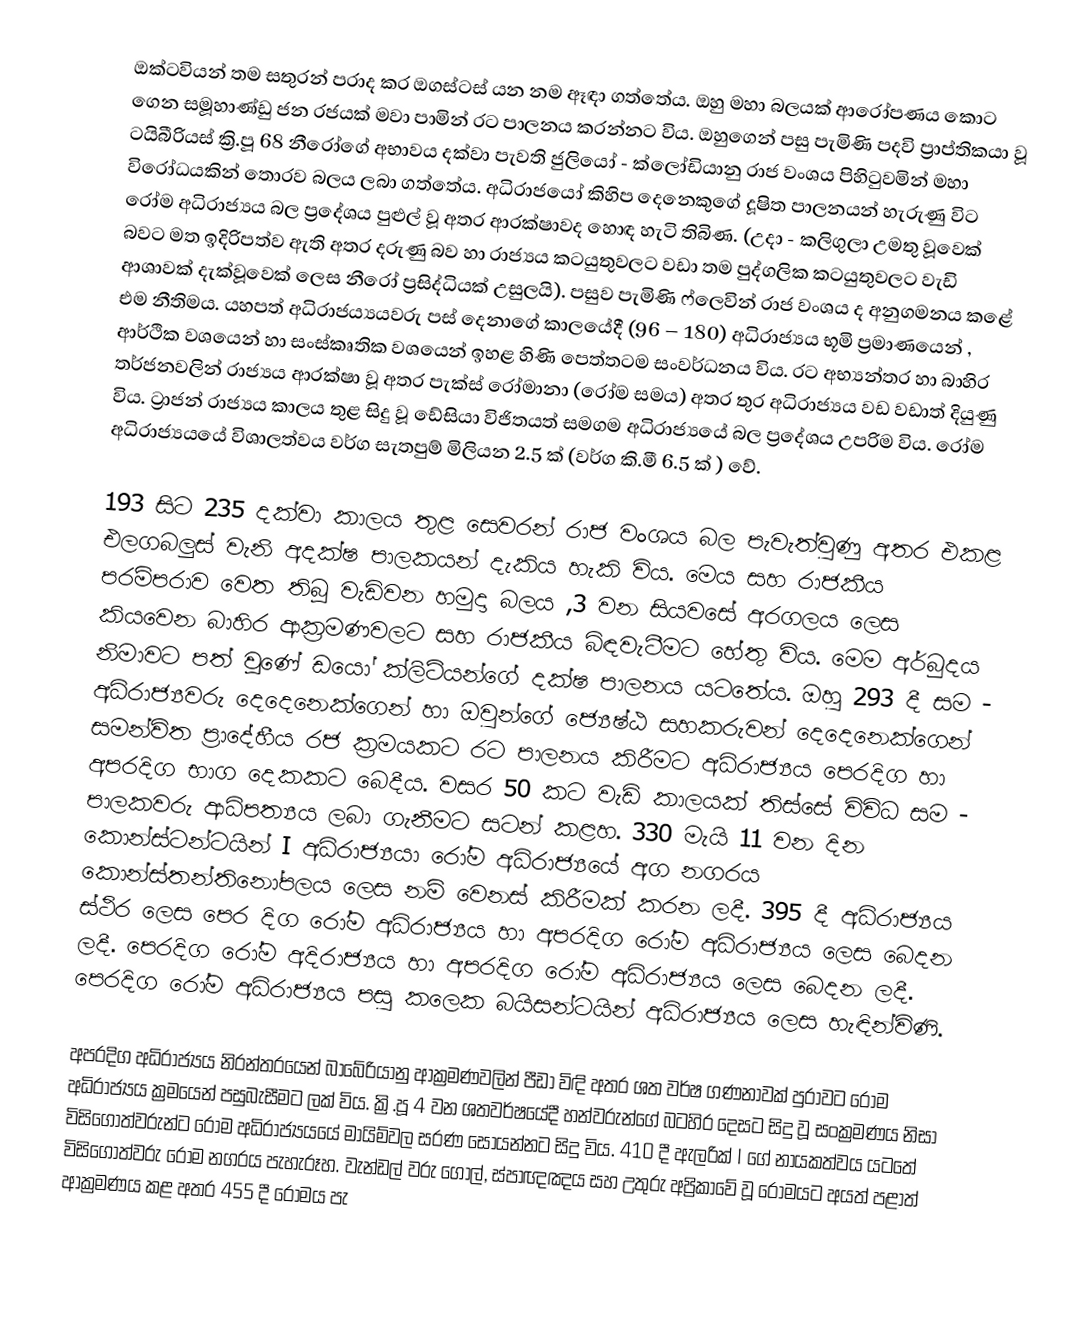
ඔක්ටවියන් තම සතුරන් පරාද කර ඔගස්ටස් යන නම ඈඳා ගත්තේය. ඔහු මහා බලයක් ආරෝපණය කොට ගෙන සමූහාණ්ඩු ජන රජයක් මවා පාමින් රට පාලනය කරන්නට විය. ඔහුගෙන් පසු පැමිණි පදවි ප්‍රාප්තිකයා වූ ටයිබීරියස් ක්‍රි.පූ 68 නීරෝගේ අභාවය දක්වා පැවති ජුලියෝ - ක්ලෝඩියානු රාජ වංශය පිහිටුවමින් මහා විරෝධයකින් තොරව බලය ලබා ගත්තේය. අධිරාජයෝ කිහිප දෙනෙකුගේ දූෂිත පාලනයන් හැරුණු විට රෝම අධිරාජ්‍යය බල ප්‍රදේශය පුළුල් වූ අතර ආරක්ෂාවද හොඳ හැටි තිබිණ. (උදා - කලිගුලා උමතු වූවෙක් බවට මත ඉදිරිපත්ව ඇති අතර දරුණු බව හා රාජ්‍යය  කටයුතුවලට වඩා තම පුද්ගලික කටයුතුවලට වැඩි ආශාවක් දැක්වූවෙක් ලෙස නීරෝ ප්‍රසිද්ධියක් උසුලයි). පසුව පැමිණි ෆ්ලෙවින් රාජ වංශය ද අනුගමනය කළේ එම නීතිමය. යහපත් අධිරාජය්‍යයවරු  පස් දෙනාගේ කාලයේදී  (96 – 180) අධිරාජ්‍යය භූමි ප්‍රමාණයෙන් , ආර්ථික වශයෙන් හා සංස්කෘතික වශයෙන් ඉහළ හිණි පෙත්තටම සංවර්ධනය විය. රට අභ්‍යන්තර හා බාහිර තර්ජනවලින් රාජ්‍යය ආරක්ෂා වූ අතර පැක්ස් රෝමානා (රෝම සමය) අතර තුර අධිරාජ්‍යය වඩ වඩාත් දියුණු විය. ට්‍රාජන් රාජ්‍යය කාලය තුළ සිදු වූ ඩේසියා විජිතයත් සමගම අධිරාජ්‍යයේ  බල ප්‍රදේශය උපරිම විය. රෝම අධිරාජ්‍යයයේ   විශාලත්වය වර්ග සැතපුම් මිලියන 2.5   ක් (වර්ග කි.මී 6.5 ක් ) වේ.

193 සිට 235 දක්වා කාලය තුළ සෙවරන් රාජ වංශය බල පැවැත්වුණු අතර එකළ එලගබලුස් වැනි අදක්ෂ පාලකයන් දැකිය හැකි විය. මෙය සහ රාජකීය පරම්පරාව වෙත තිබූ වැඩිවන හමුදා බලය ,3 වන සියවසේ අරගලය ලෙස කියවෙන බාහිර ආක්‍රමණවලට සහ රාජකීය බිඳවැටීමට හේතු විය. මෙම අර්බුදය නිමාවට පත් වූණේ ඩයෝ ක්ලිටියන්ගේ දක්ෂ පාලනය යටතේය. ඔහු 293 දී සම - අධිරාජ්‍යවරු දෙදෙනෙක්ගෙන් හා ඔවුන්ගේ ජ්‍යෙෂ්ඨ සහකරුවන් දෙදෙනෙක්ගෙන් සමන්විත ප්‍රාදේහීය රජ ක්‍රමයකට රට පාලනය කිරීමට අධිරාජ්‍යය පෙරදිග හා අපරදිග භාග දෙකකට බෙදීය. වසර 50 කට වැඩි කාලයක් තිස්සේ විවිධ සම - පාලකවරු ආධිපත්‍යය ලබා ගැනීමට සටන් කළහ. 330 මැයි 11 වන දින කොන්ස්ටන්‍ටයින් I අධිරාජ්‍යයා රෝම අධිරාජ්‍යයේ අග නගරය කොන්ස්තන්තිනෝපලය ලෙස නම් වෙනස් කිරීමක් කරන ලදී. 395 දී අධිරාජ්‍යය ස්ථිර ලෙස පෙර දිග රෝම අධිරාජ්‍යය හා අපරදිග රෝම අධිරාජ්‍යය ලෙස බෙදන ලදී. පෙරදිග රෝම අදිරාජ්‍යය හා අපරදිග රෝම අධිරාජ්‍යය ලෙස බෙදන ලදී. පෙරදිග රෝම අධිරාජ්‍යය පසු කලෙක බයිසන්ටයින් අධිරාජ්‍යය ලෙස හැඳින්විණි.

අපරදිග අධිරාජ්‍යය නිරන්තරයෙන් බාබේරියානු ආක්‍රමණවලින් පීඩා විඳි අතර ශත වර්ෂ ගණනාවක් පුරාවට රෝම අධිරාජ්‍යය ක්‍රමයෙන් පසුබැසීමට ලක් විය. ක්‍රි.පූ 4 වන  ශතවර්ෂයේදී හන්වරුන්ගේ බටහිර දෙසට සිදු වූ සංක්‍රමණය නිසා විසිගොත්වරුන්ට රෝම අධිරාජ්‍යයයේ මායිම්වල සරණ සොයන්නට සිදු විය. 410 දී ඇලරික් I ගේ නායකත්වය යටතේ විසිගොත්වරු රෝම නගරය පැහැරූහ. වැන්ඩල් වරු ගෝල්, ස්පාඥඤය සහ උතුරු අප්‍රිකාවේ වූ රෝමයට අයත් පළාත් ආක්‍රමණය කළ අතර 455 දී රෝමය පැ